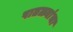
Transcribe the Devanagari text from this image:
पातळ्यांचा